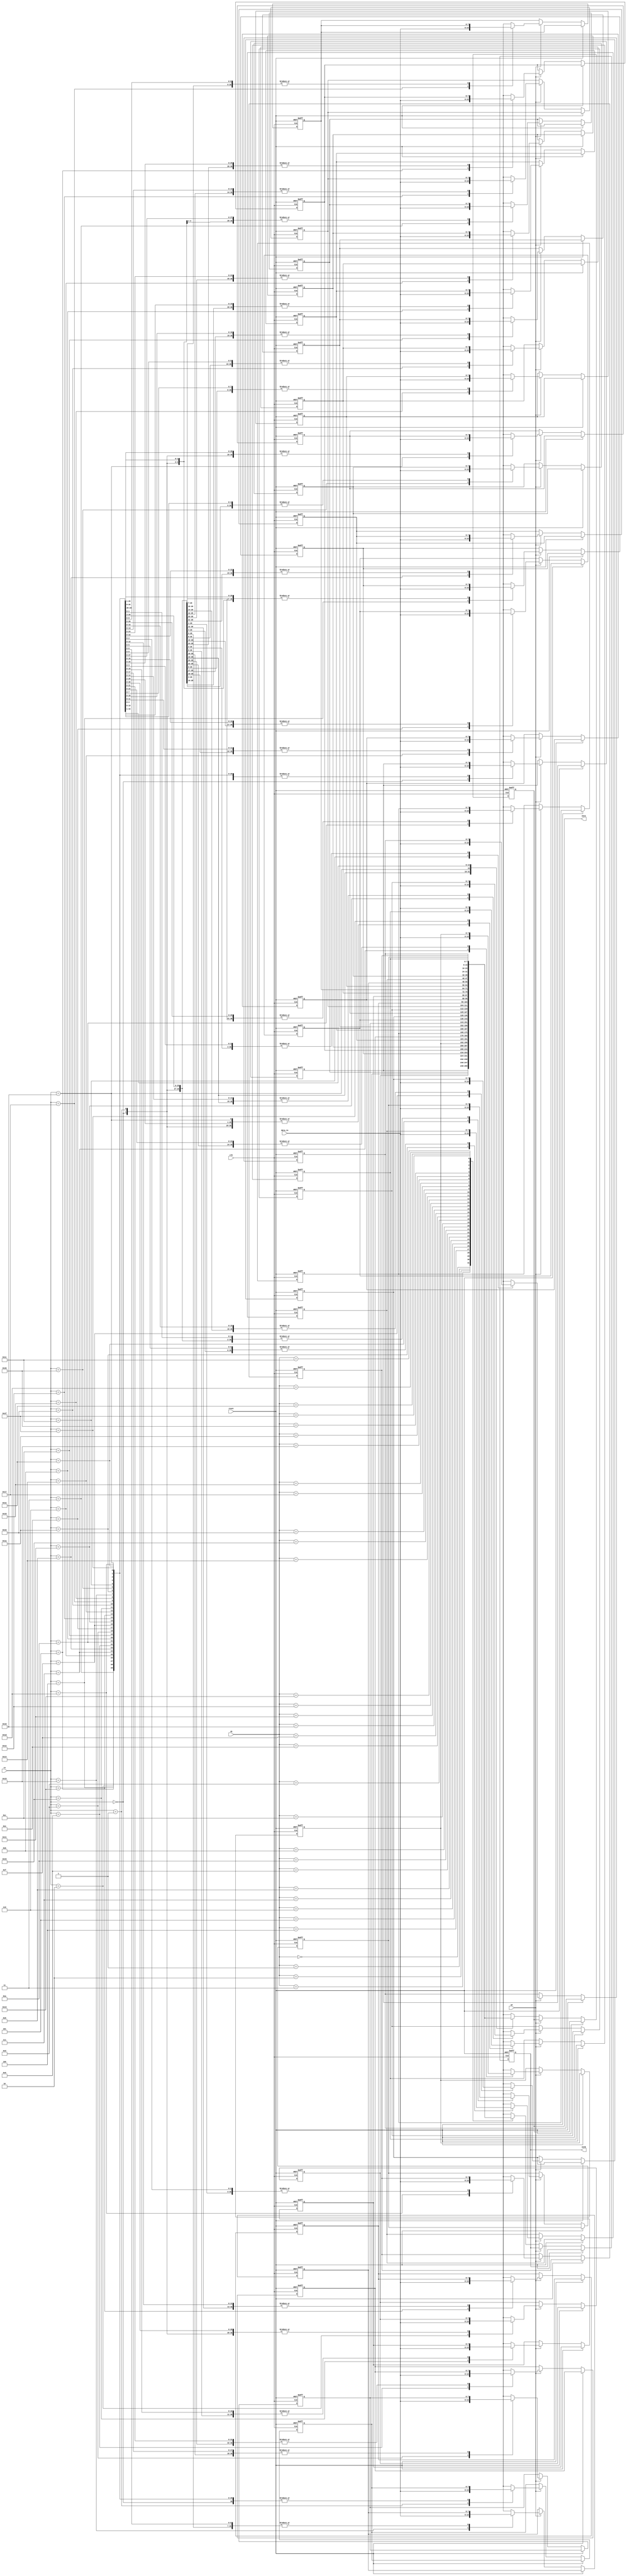
module gpreg(
    input[4:0] rA, rB,
    input[7:0] data_in,
    input clk, reset, we,
    output reg [7:0] outA, outB
);

reg [7:0] regfile[0:31];
integer i;

always @(posedge clk or posedge reset)
    begin
        if(reset == 1)
            begin
                for(i = 0; i < 32; i= i+1)
                    begin
                        regfile[i] = 8'b0;
                    end    
                outA = 8'bx;
                outB = 8'bx;
            end
        else if(reset == 0)
            begin
                if(we == 1)
                    begin
                        regfile [rA] = data_in;
                    end
                else if(we == 0)
                    begin
                        outA = regfile[rA];
                        outB = regfile[rB];
                    end
                else;
            end
        else;
    end

endmodule